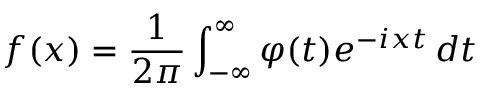
f ( x ) = { \frac { 1 } { 2 \pi } } \int _ { - \infty } ^ { \infty } \varphi ( t ) e ^ { - i x t } \, d t